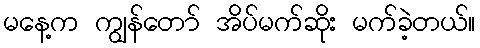
မနေ့က ကျွန်တော် အိပ်မက်ဆိုး မက်ခဲ့တယ်။